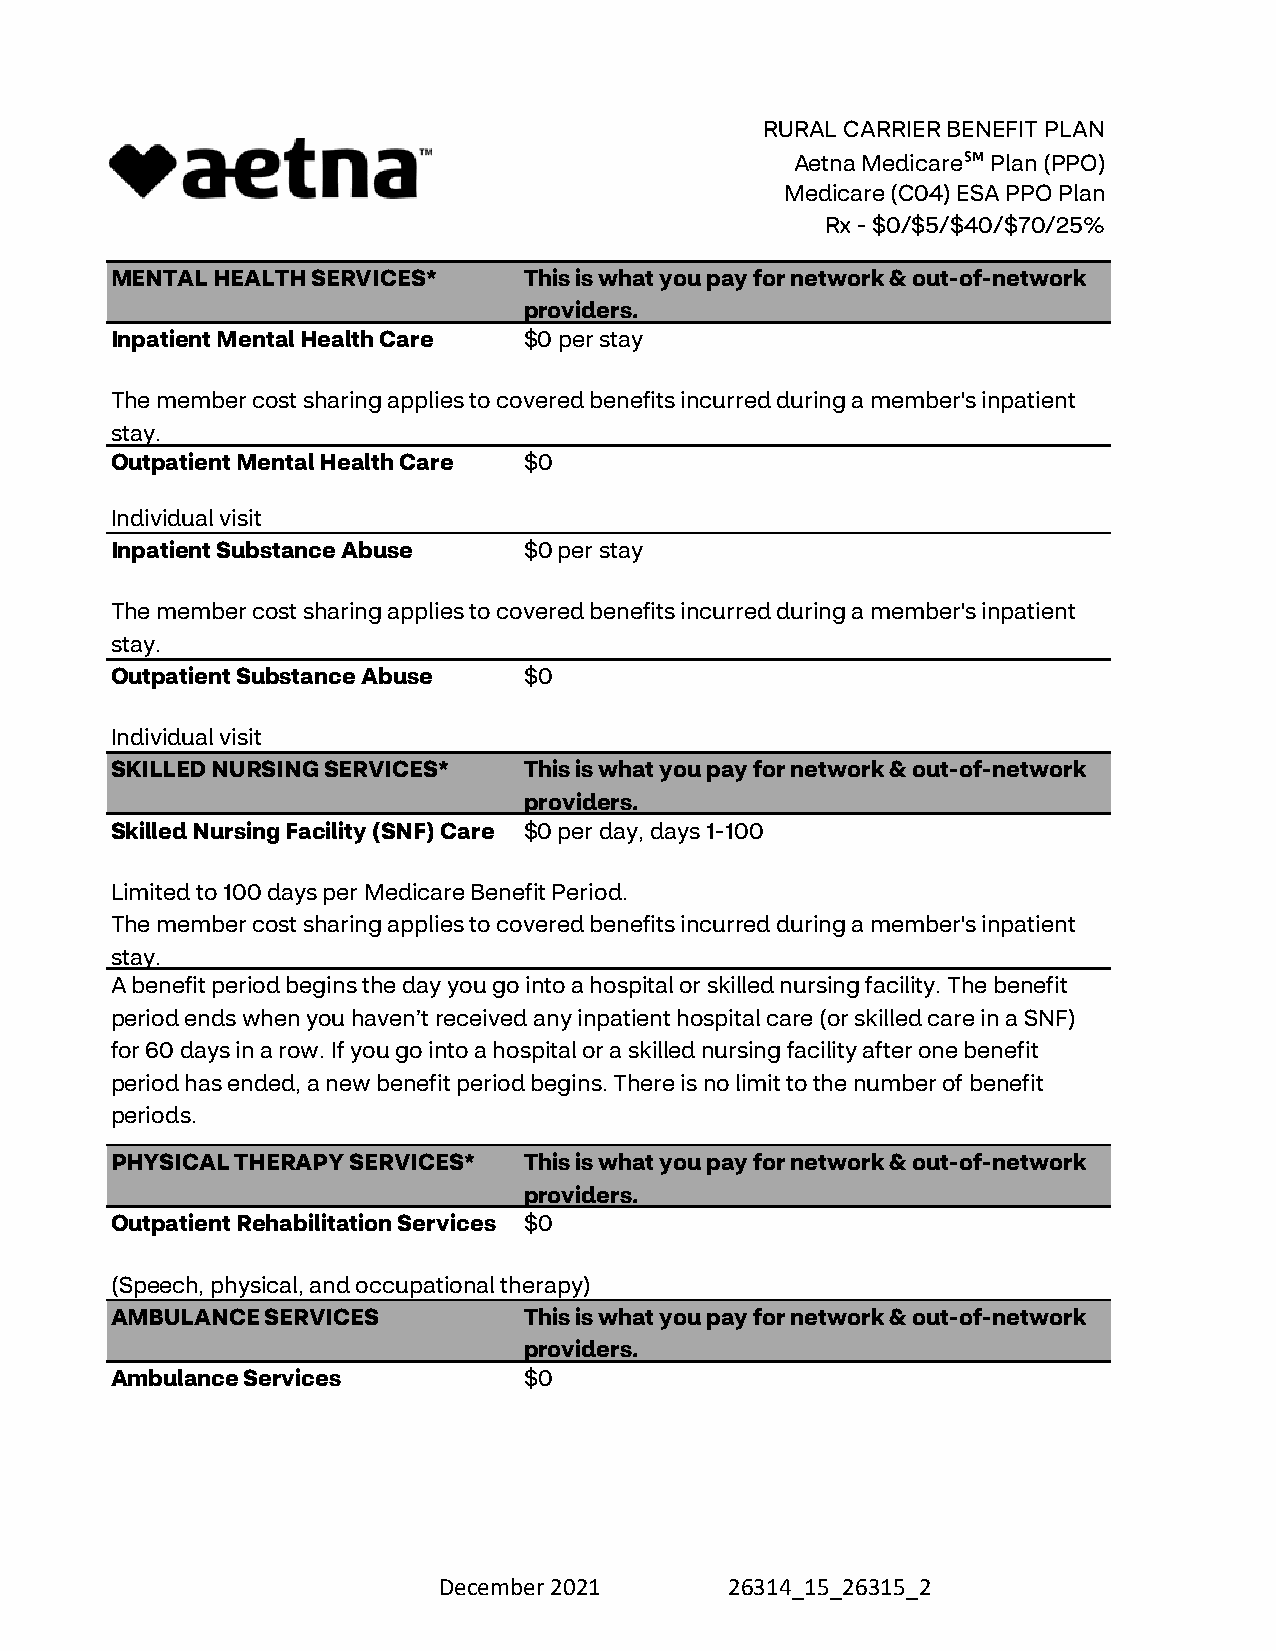
RURAL CARRIER BENEFIT PLAN
 Aetna Medicare℠ Plan (PPO)
 Medicare (C04) ESA PPO Plan
 Rx - $0/$5/$40/$70/25%
 MENTAL HEALTH SERVICES*    This is what you pay for network & out-of-network
 providers.
 Inpatient Mental Health Care $0 per stay
 The member cost sharing applies to covered benefits incurred during a member's inpatient
 stay.
 Outpatient Mental Health Care $0
 Individual visit
 Inpatient Substance Abuse  $0 per stay
 The member cost sharing applies to covered benefits incurred during a member's inpatient
 stay.
 Outpatient Substance Abuse $0
 Individual visit
 SKILLED NURSING SERVICES*  This is what you pay for network & out-of-network
 providers.
 Skilled Nursing Facility (SNF) Care $0 per day, days 1-100
 Limited to 100 days per Medicare Benefit Period.
 The member cost sharing applies to covered benefits incurred during a member's inpatient
 stay.
 A benefit period begins the day you go into a hospital or skilled nursing facility. The benefit
 period ends when you haven’t received any inpatient hospital care (or skilled care in a SNF)
 for 60 days in a row. If you go into a hospital or a skilled nursing facility after one benefit
 period has ended, a new benefit period begins. There is no limit to the number of benefit
 periods.
 PHYSICAL THERAPY SERVICES* This is what you pay for network & out-of-network
 providers.
 Outpatient Rehabilitation Services $0
 (Speech, physical, and occupational therapy)
 AMBULANCE SERVICES         This is what you pay for network & out-of-network
 providers.
 Ambulance Services         $0
 December 2021      26314_15_26315_2